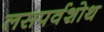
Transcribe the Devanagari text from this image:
लसपर्वशोथ